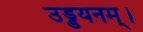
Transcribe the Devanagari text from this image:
उड्डयनम्।